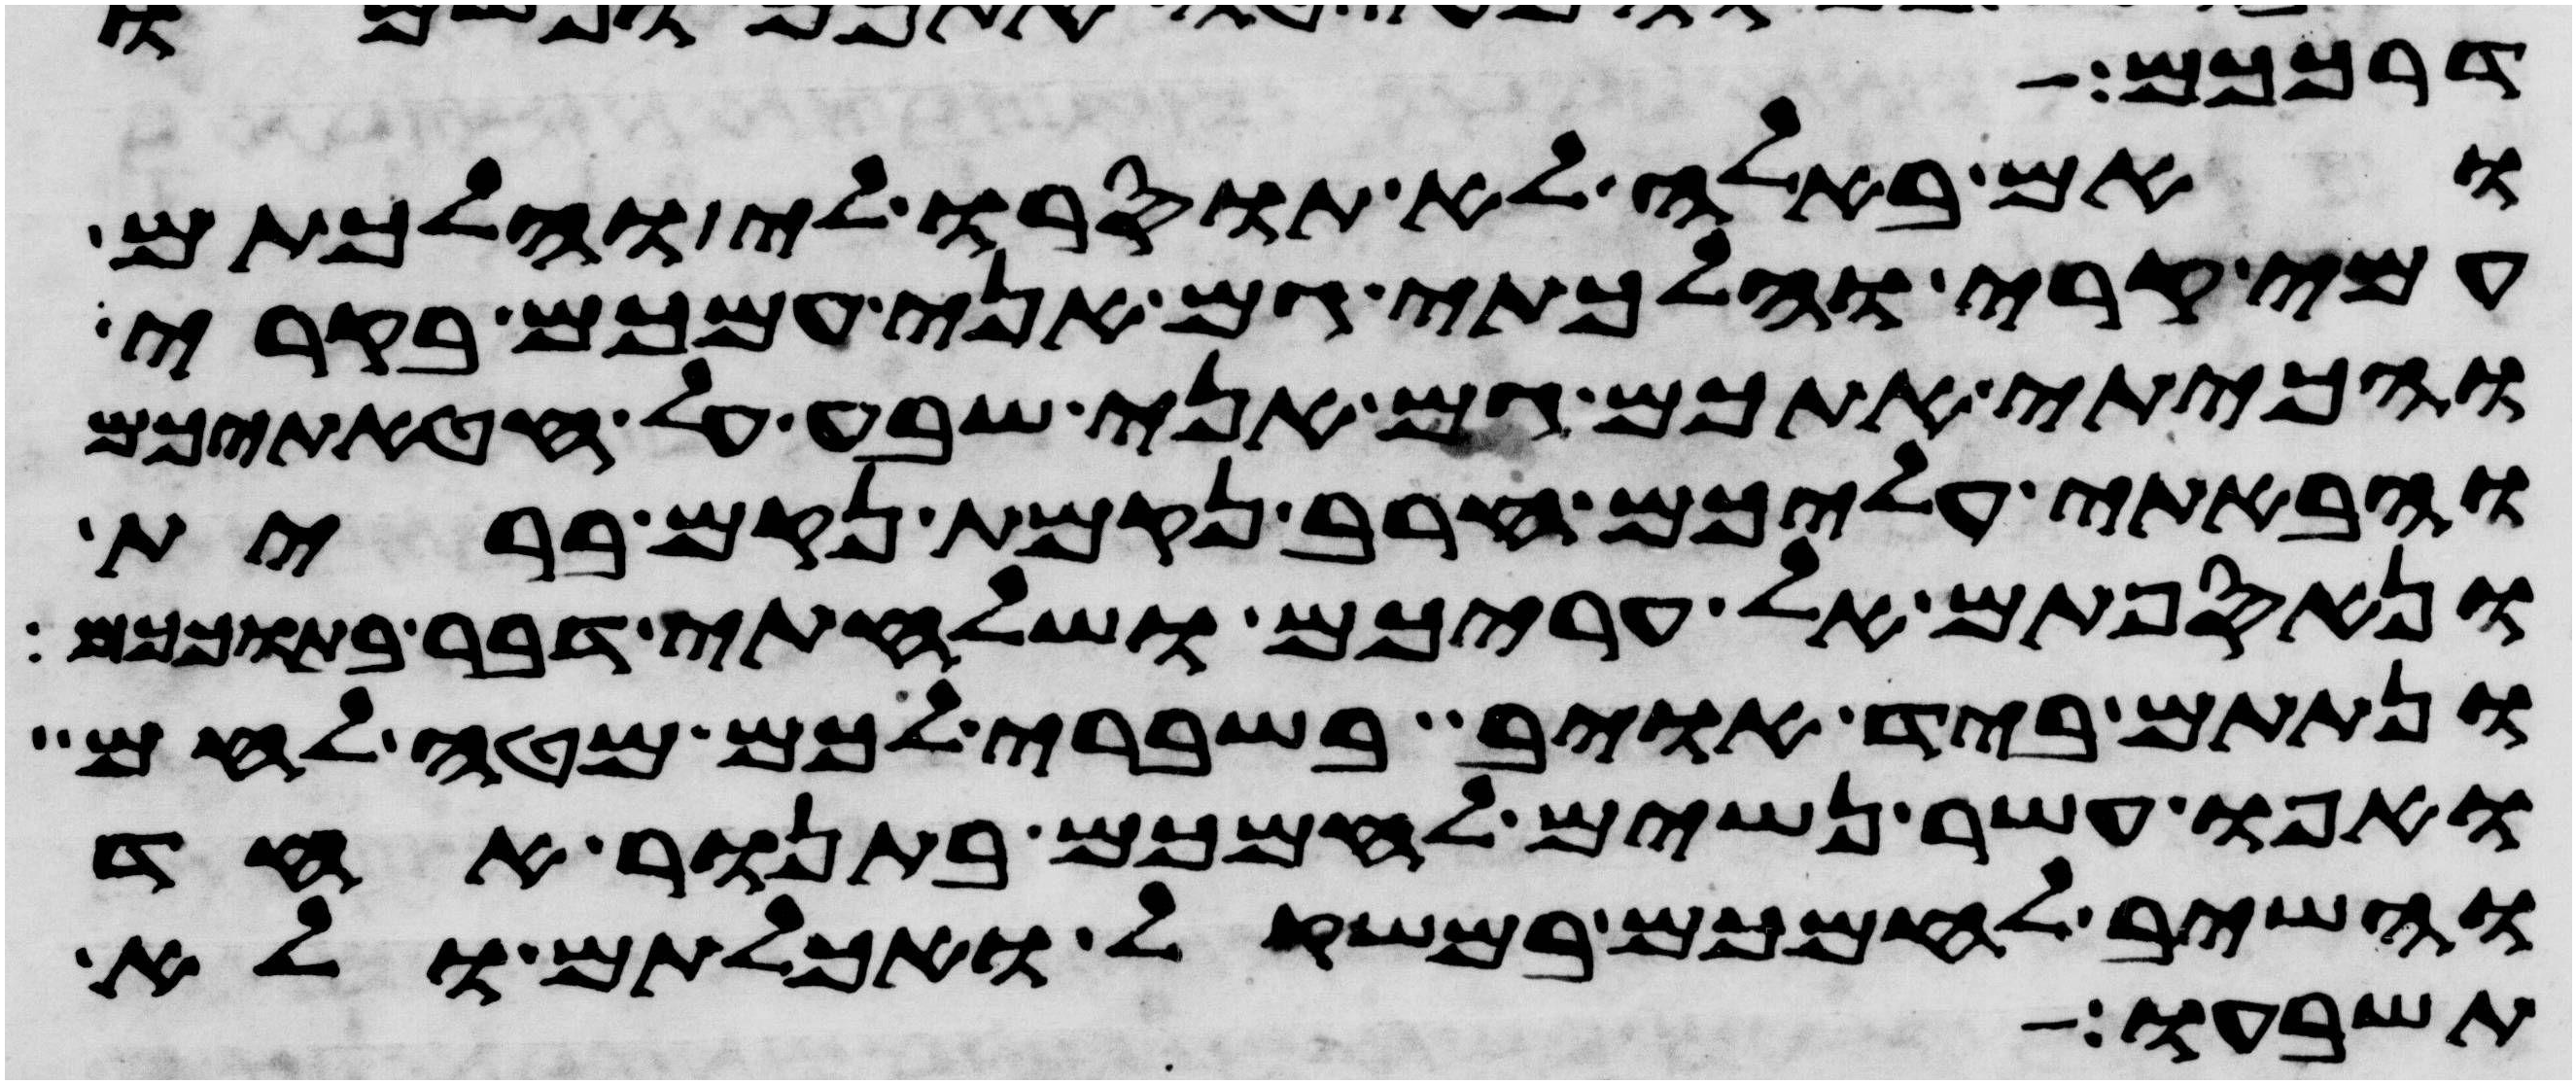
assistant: דרככם
ואם באלה לא תוסרו לי והלכתם
עמי קרי והלכתי גם אני עמכם בקרי
והכיתי אתכם גם אני שבע על חטאתיכם
והבאתי עליכם חרב נקמת נקם ברית
ונאספתם אל עריכם ושלחתי דבר בתוככם
ונתתם ביד אויב בשברי לכם מטה לחם
ואפו עשר נשים לחמכם בתנור אחד
והשיב לחמכם במשקול ואכלתם ולא
תשבעו